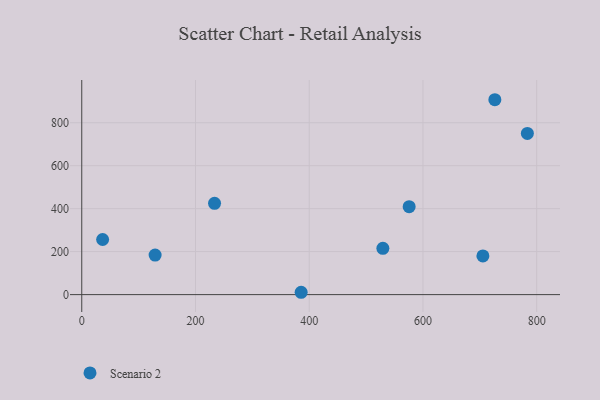
{"axis": {"x": "Engine Size", "y": "Profit"}, "legend": ["Scenario 2"], "data": [{"x": "36.7", "y": 256.6, "type": "Scenario 2"}, {"x": "783.6", "y": 750.2, "type": "Scenario 2"}, {"x": "726.4", "y": 907.0, "type": "Scenario 2"}, {"x": "529.5", "y": 215.6, "type": "Scenario 2"}, {"x": "575.7", "y": 409.2, "type": "Scenario 2"}, {"x": "233.5", "y": 424.8, "type": "Scenario 2"}, {"x": "705.4", "y": 179.9, "type": "Scenario 2"}, {"x": "385.8", "y": 10.9, "type": "Scenario 2"}, {"x": "129.0", "y": 184.0, "type": "Scenario 2"}]}